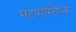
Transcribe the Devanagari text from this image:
महामस्तिष्क